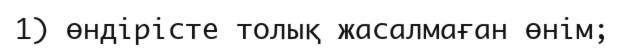
1) өндірісте толық жасалмаған өнім;